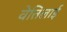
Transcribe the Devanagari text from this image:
वेत्तिलाई